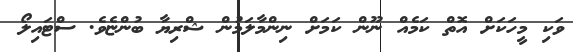
ވަކި މީހަކަށް އޮތް ކަމެއް ނޫން ކަމަށް ނިންމާލަމުން ޝްރިޔާ ބުންޏެވެ. ސްޓައިލޯ